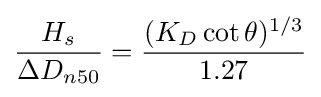
{\frac {H_{s}}{\Delta D_{n50}}}={\frac {(K_{D}\cot \theta )^{1/3}}{1.27}}